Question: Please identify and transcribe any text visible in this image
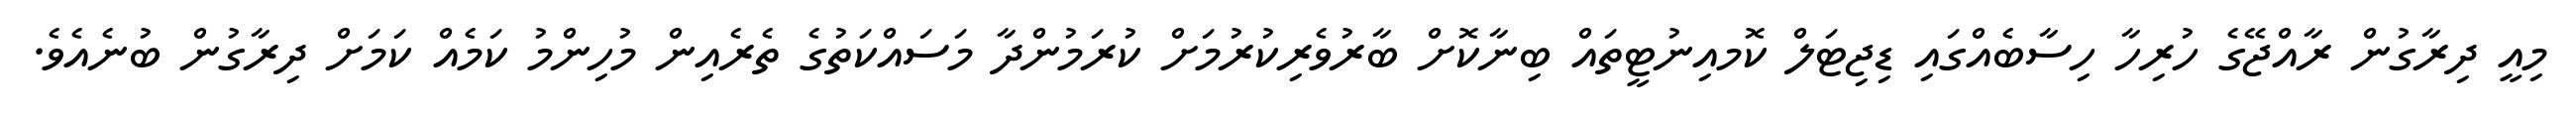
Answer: މިއީ ދިރާގުން ރާއްޖޭގެ ހުރިހާ ހިސާބެއްގައި ޑިޖިޓަލް ކޮމއިނުޓީތައް ބިނާކޮށް ބާރުވެރިކުރުމަށް ކުރަމުންދާ މަސައްކަތުގެ ތެރެއިން މުހިންމު ކަމެއް ކަމަށް ދިރާގުން ބުނެއެވެ.